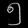
Digit: ၅